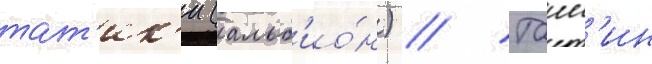
тат'ик'и (альб'ио́н) // Танн'ин